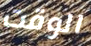
الوقت